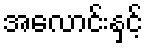
အလောင်းနှင့်